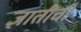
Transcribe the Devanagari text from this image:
ज्ञातींचीं